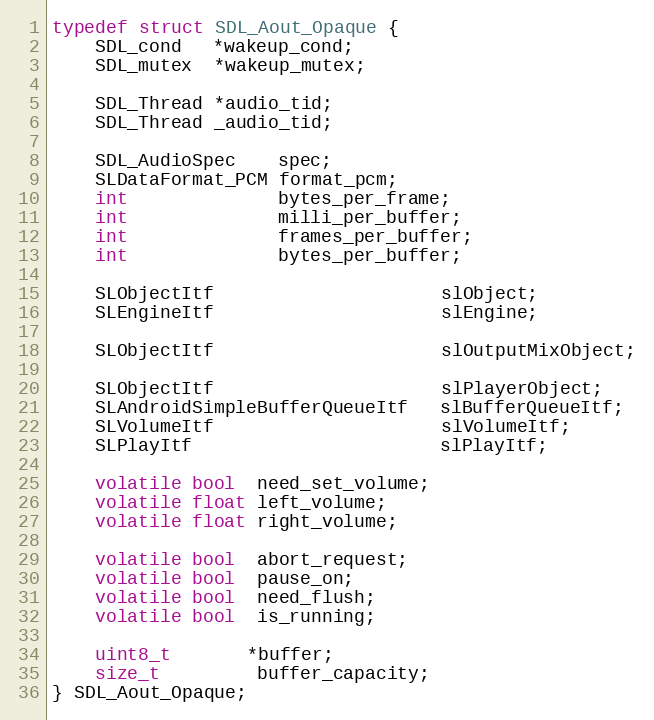
Language: C
typedef struct SDL_Aout_Opaque {
    SDL_cond   *wakeup_cond;
    SDL_mutex  *wakeup_mutex;

    SDL_Thread *audio_tid;
    SDL_Thread _audio_tid;

    SDL_AudioSpec    spec;
    SLDataFormat_PCM format_pcm;
    int              bytes_per_frame;
    int              milli_per_buffer;
    int              frames_per_buffer;
    int              bytes_per_buffer;

    SLObjectItf                     slObject;
    SLEngineItf                     slEngine;

    SLObjectItf                     slOutputMixObject;

    SLObjectItf                     slPlayerObject;
    SLAndroidSimpleBufferQueueItf   slBufferQueueItf;
    SLVolumeItf                     slVolumeItf;
    SLPlayItf                       slPlayItf;

    volatile bool  need_set_volume;
    volatile float left_volume;
    volatile float right_volume;

    volatile bool  abort_request;
    volatile bool  pause_on;
    volatile bool  need_flush;
    volatile bool  is_running;

    uint8_t       *buffer;
    size_t         buffer_capacity;
} SDL_Aout_Opaque;